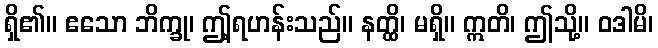
ရှိ၏။ ဧသော ဘိက္ခု၊ ဤ့ရဟန်းသည်။ နတ္ထိ၊ မရှိ။ ဣတိ၊ ဤသို့။ ဝဒါမိ၊